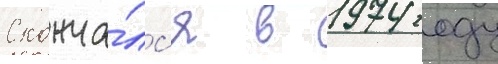
Сконча́лс'я в 1974 году